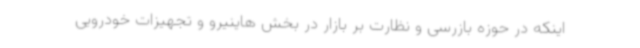
اینکه در حوزه بازرسی و نظارت بر بازار در بخش هاینیرو و تجهیزات خودرویی